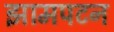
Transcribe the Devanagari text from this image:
झामपटन